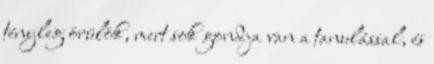
tényleg örülök, mert sok gondja van a tanulással, és